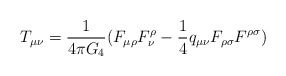
\begin{align*}T_{\mu \nu} = \frac{1}{4\pi G_4}(F_{\mu \rho}F_{\nu}^{\rho} -\frac{1}{4}q_{\mu \nu}F_{\rho \sigma}F^{\rho \sigma})\end{align*}